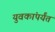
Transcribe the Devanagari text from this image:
युवकांपर्यंत